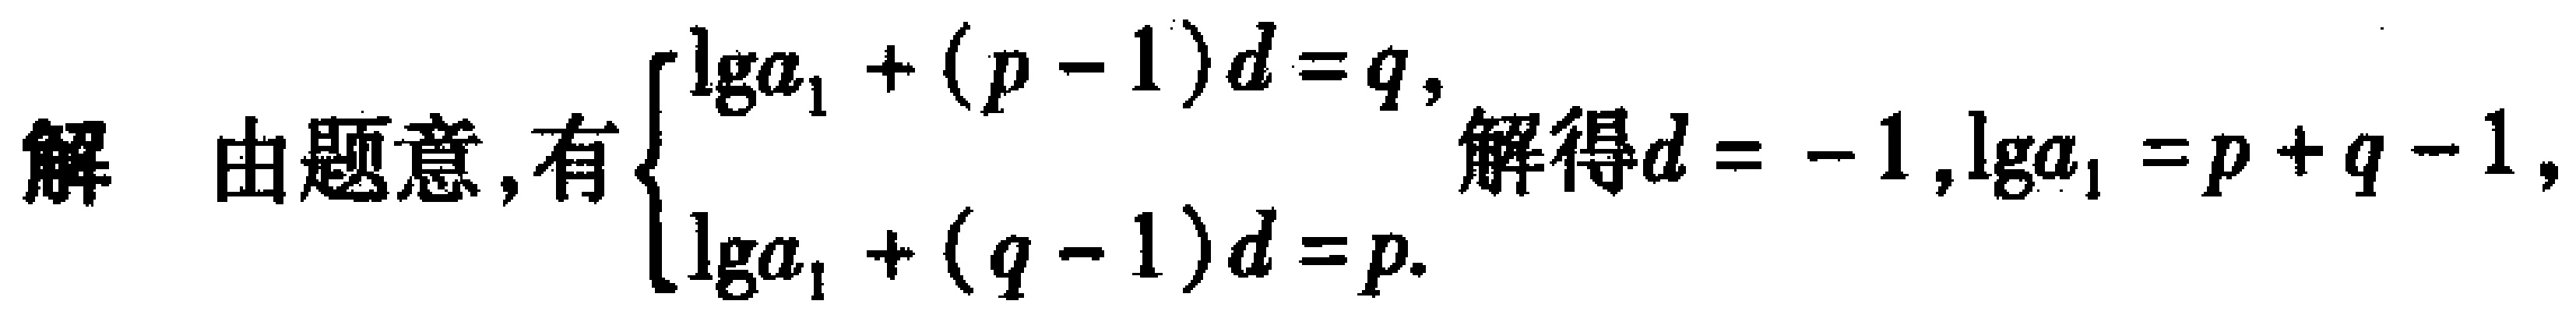
解 由题意，有$\begin{cases}
\lg a_{1}+(p - 1)d = q,\\
\lg a_{1}+(q - 1)d = p.
\end{cases}$解得$d = - 1,\lg a_{1}=p + q - 1,$